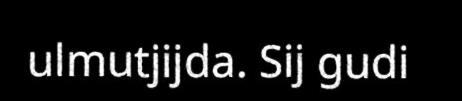
ulmutjijda. Sij gudi